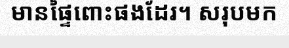
មានផ្ទៃពោះផងដែរ។ សរុបមក